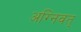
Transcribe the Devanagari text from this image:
अग्निवत्